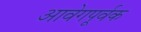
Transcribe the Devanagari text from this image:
आवेगपूर्वक